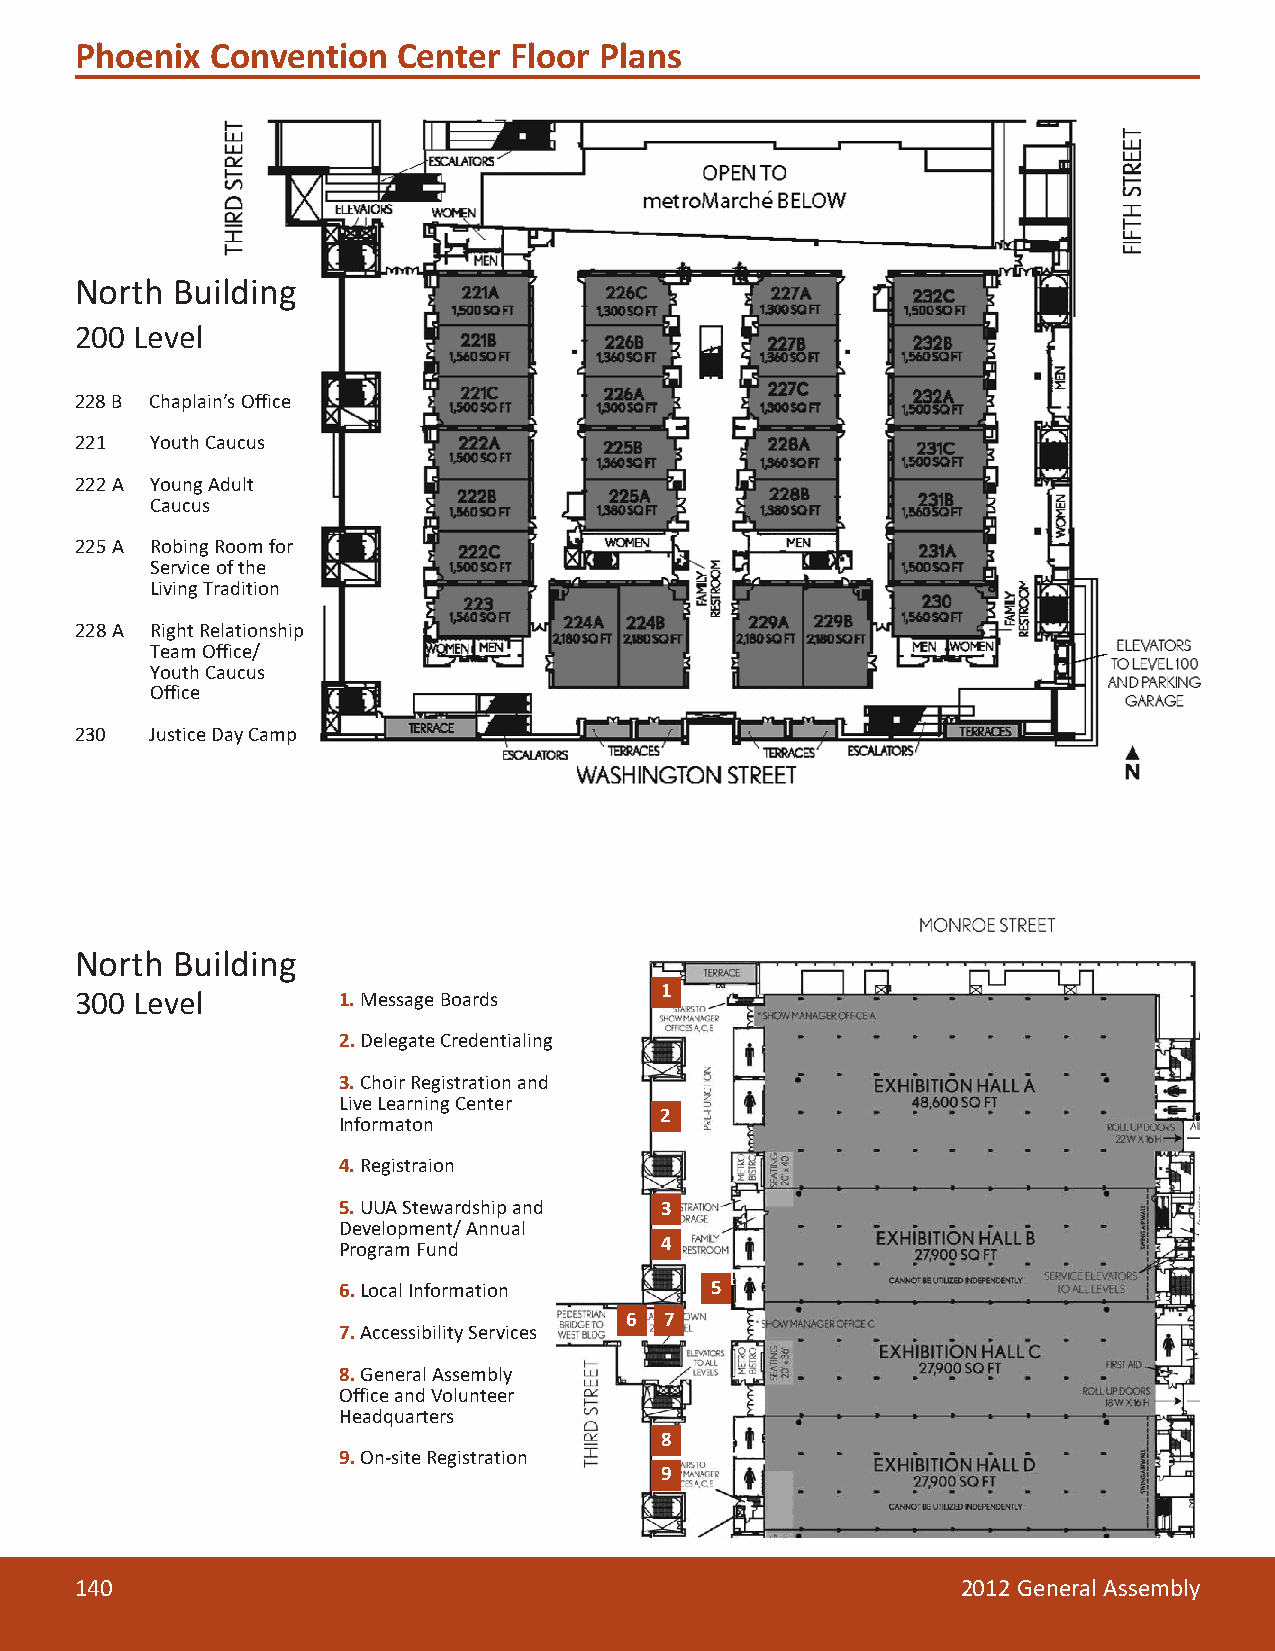
Phoenix  Convention  Center  Floor Plans
 North Building
 200 Level
 228 B Chaplain’s Office
 221  Youth Caucus
 222 A Young Adult
 Caucus
 225 A Robing Room for
 Service of the
 Living Tradition
 228 A Right Relationship
 Team Office/
 Youth Caucus
 Office
 230  Justice Day Camp
 North Building
 300 Level        1. Message Boards     1
 2.Delegate Credentialing
 3. Choir Registration and
 Live Learning Center
 2
 Informaton
 4. Registraion
 5. UUA Stewardship and 3
 Development/ Annual
 Program Fund          4
 6.Local Information      5
 6  7
 7.Accessibility Services
 8.General Assembly
 Office and Volunteer
 Headquarters
 8
 9.On-site Registration
 9
 140                                                        2012 General Assembly